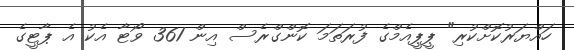
ހައްޔަރުކޮށްކުރި" ޕީޕީއެމްގެ ފުރަތަމަ ކޮންގްރެސް އިން 361 ވޯޓާ އެކު އެ ޕާޓީގެ